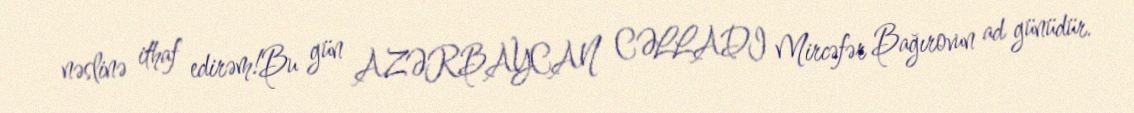
nəslinə ithaf edirəm!Bu gün AZƏRBAYCAN CƏLLADI Mircəfər Bağırovun ad günüdür.